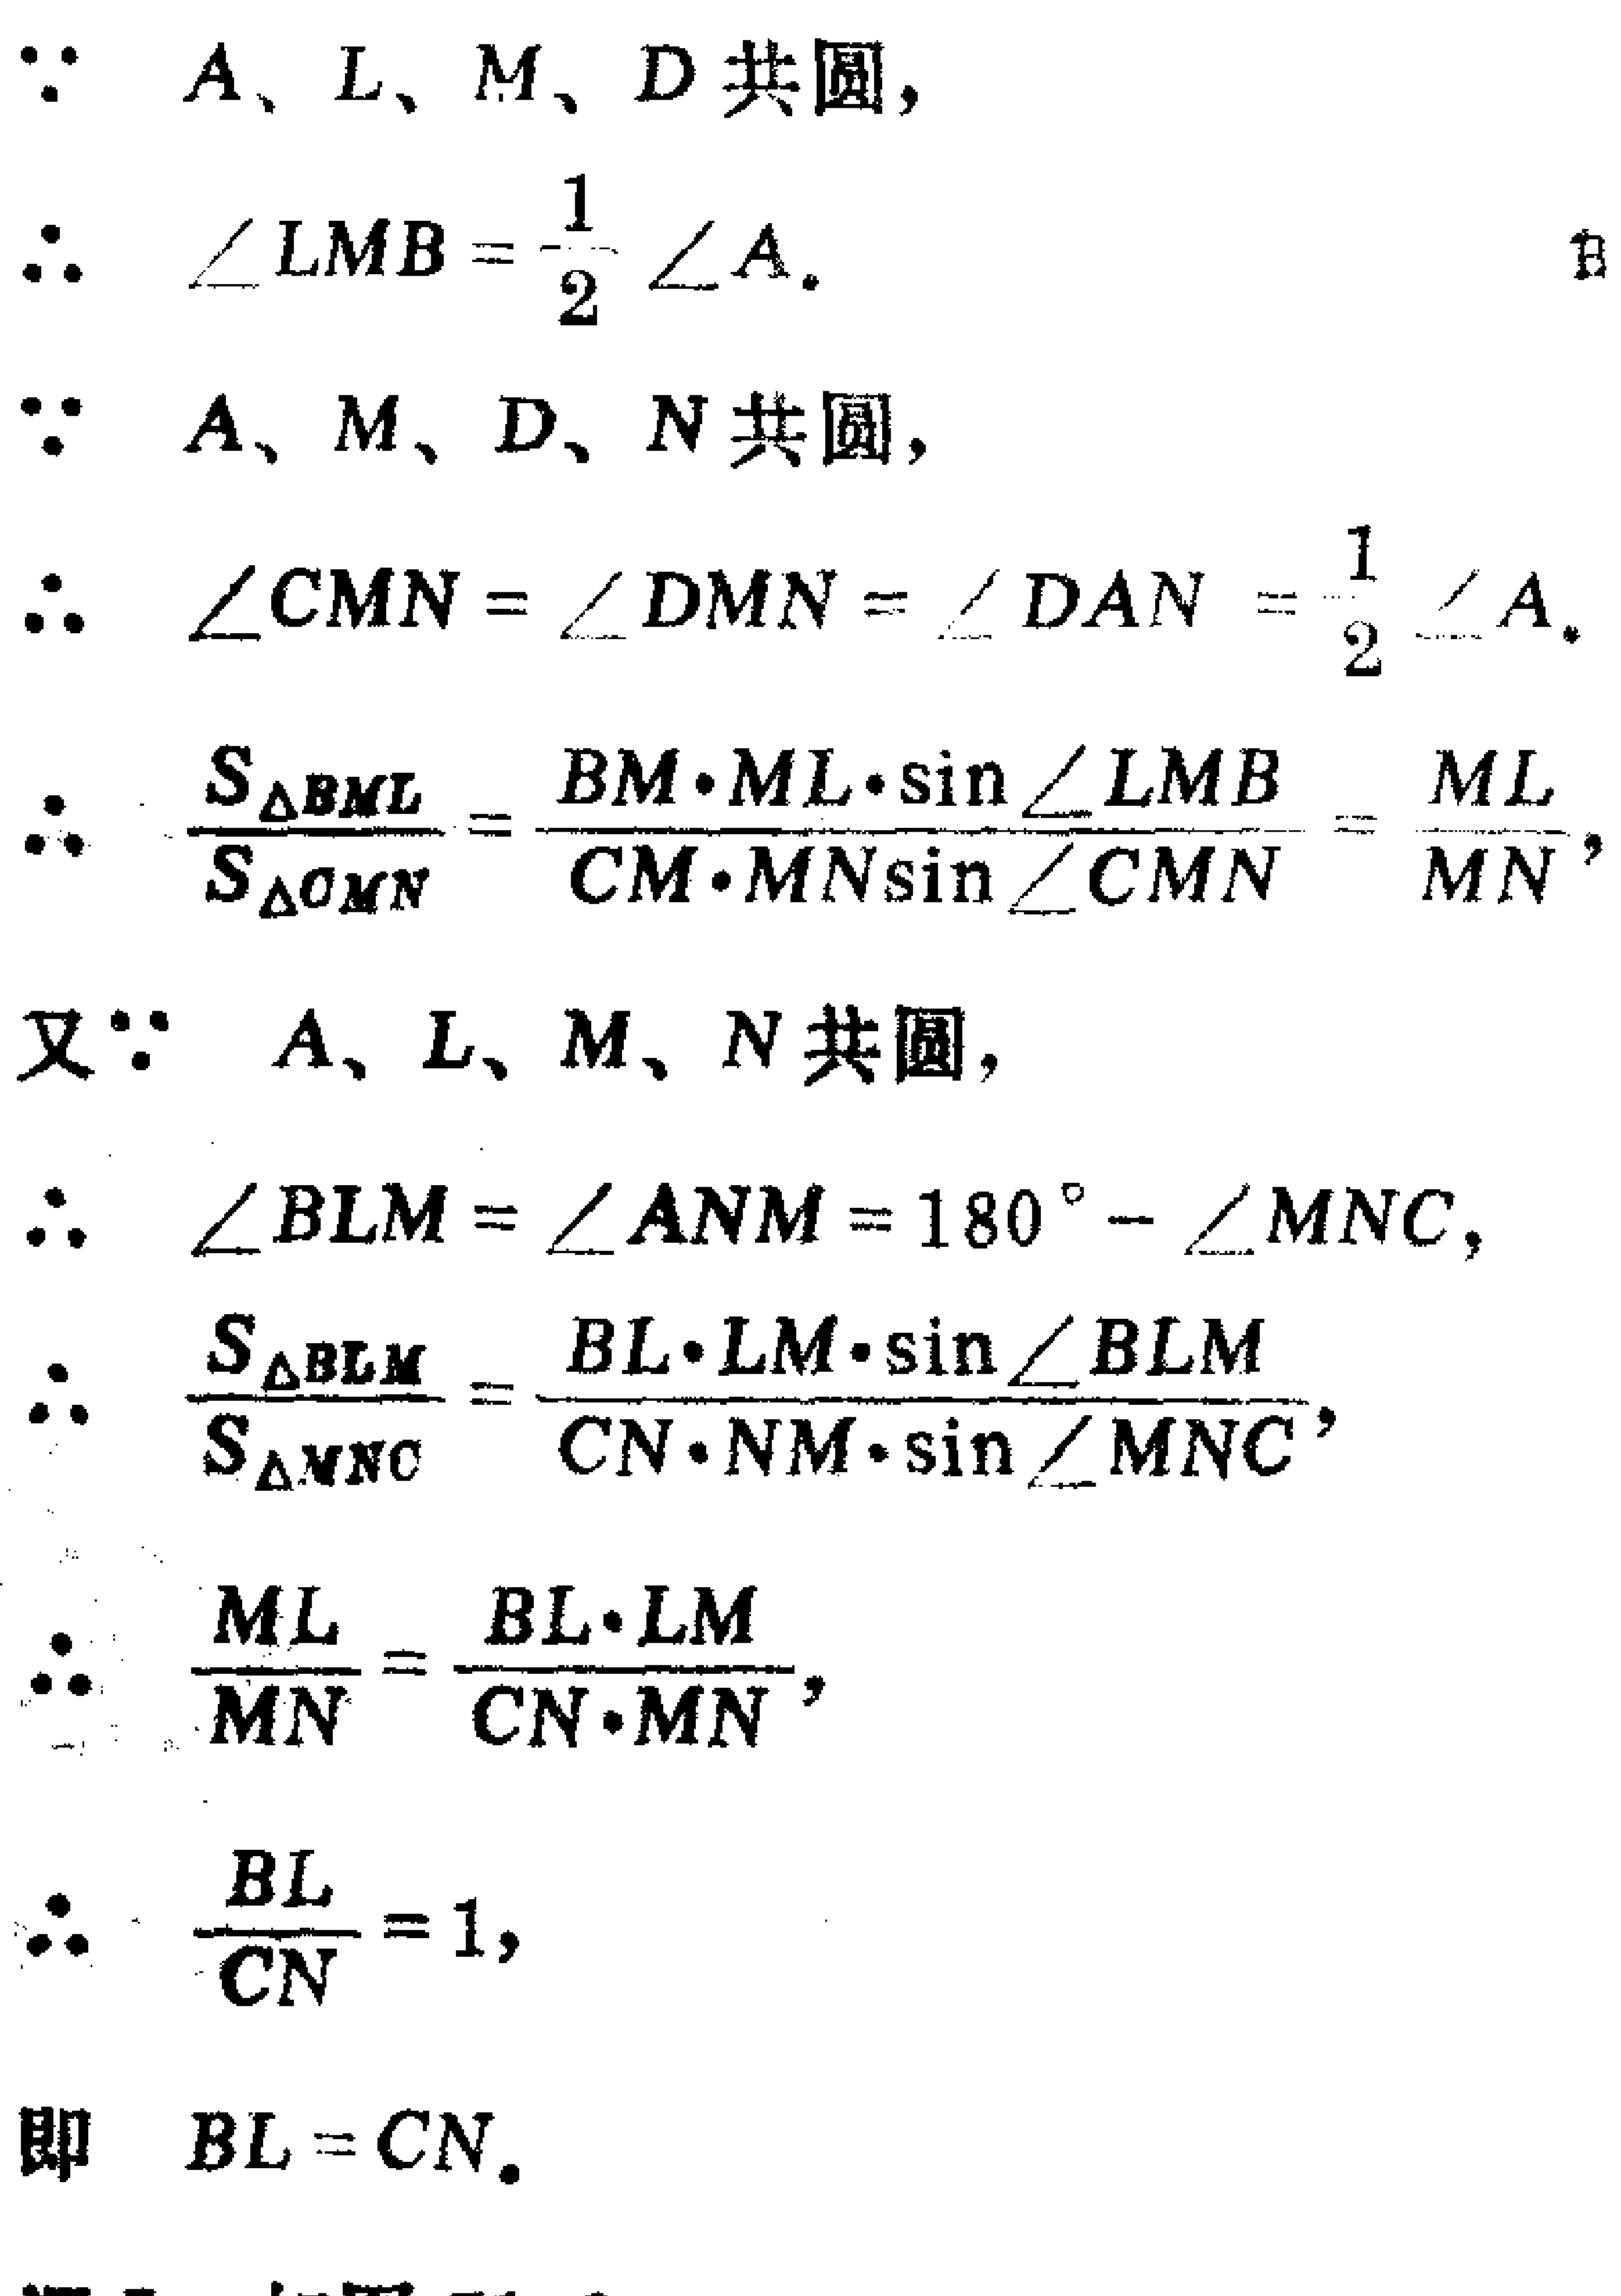
\(
\begin{align*}
&\because A、L、M、D\text{ 共圆},\\
&\therefore \angle LMB=\frac{1}{2}\angle A.\\
&\because A、M、D、N\text{ 共圆},\\
&\therefore \angle CMN = \angle DMN=\angle DAN=\frac{1}{2}\angle A.\\
&\therefore \frac{S_{\triangle BML}}{S_{\triangle CMN}}=\frac{BM\cdot ML\cdot\sin\angle LMB}{CM\cdot MN\sin\angle CMN}=\frac{ML}{MN},\\
&\text{又}\because A、L、M、N\text{ 共圆},\\
&\therefore \angle BLM=\angle ANM = 180^{\circ}-\angle MNC,\\
&\therefore \frac{S_{\triangle BLM}}{S_{\triangle MNC}}=\frac{BL\cdot LM\cdot\sin\angle BLM}{CN\cdot NM\cdot\sin\angle MNC},\\
&\therefore \frac{ML}{MN}=\frac{BL\cdot LM}{CN\cdot MN},\\
&\therefore \frac{BL}{CN}=1,\\
&\text{即 }BL = CN.
\end{align*}
\)